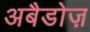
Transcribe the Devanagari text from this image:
अबैडोज़